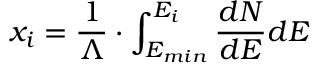
x _ { i } = \frac { 1 } { \Lambda } \cdot \int _ { E _ { m i n } } ^ { E _ { i } } \frac { d N } { d E } d E